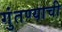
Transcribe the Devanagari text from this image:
गुंतण्याची